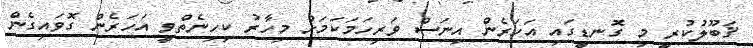
ޤަބޫލުކުރީ މި ގޮނޑީގައި އަހަރެން އިނަސް ވަރިހަމަކަމަށް މިހާރު ކިހިނެތްވީ އަހަރެން ގޮވައިގެން